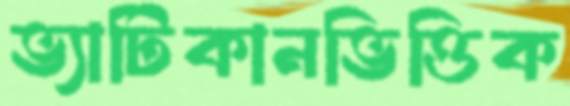
ভ্যাটিকানভিত্তিক